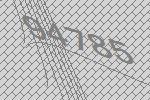
94785